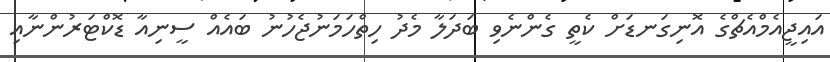
އައިޖީއެމްއެޗްގެ އޮނިގަނޑަށް ކެތީ ގެންނެވި ބަދަލާ މެދު ހިތްހަމަނުޖެހުނު ބައެއް ސީނިއާ ޑޮކްޓަރުންނާއި